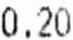
0.20